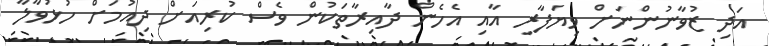
އަދި ޒުވާނުންނަށް ވިޔަފާރި އާއި އެހެން ދާއިރާތަކުން ވެސް ކުރިއަށް ދިއުމަށް ހުޅުވާލާ